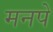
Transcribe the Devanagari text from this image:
मनपे